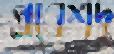
প্রবেশদ্ব